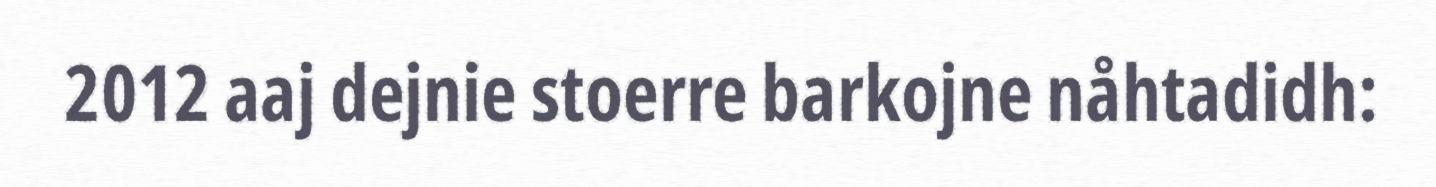
2012 aaj dejnie stoerre barkojne nåhtadidh: